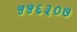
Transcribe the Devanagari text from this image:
५५६३०७